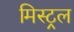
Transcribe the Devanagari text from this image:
मिस्ट्रल